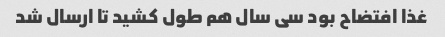
غذا افتضاح بود سی سال هم طول کشید تا ارسال شد